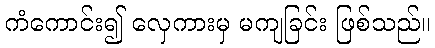
ကံကောင်း၍ လှေကားမှ မကျခြင်း ဖြစ်သည်။